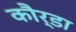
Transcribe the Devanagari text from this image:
कौर्डा